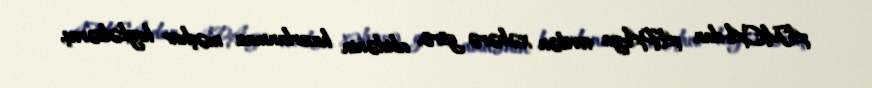
AMEA-dan APA-ya verilən xəbərə görə, abidənin hazırlanması məşhur heykəltəraş,